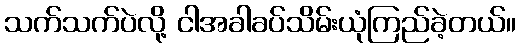
သက်သက်ပဲလို့ ငါအခါခပ်သိမ်းယုံကြည်ခဲ့တယ်။